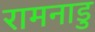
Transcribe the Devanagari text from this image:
रामनाडु